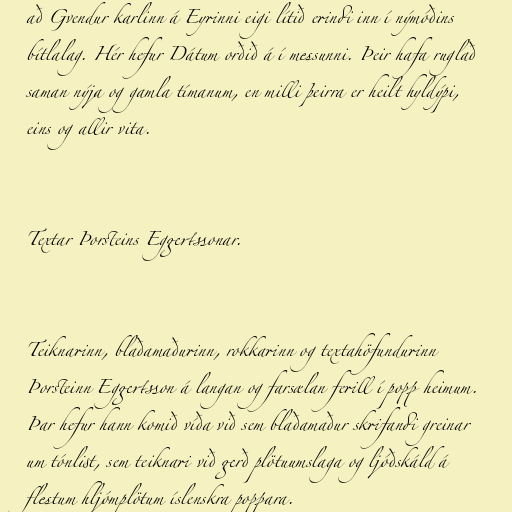
að Gvendur karlinn á Eyrinni eigi lítið erindi inn í nýmóðins
bítlalag. Hér hefur Dátum orðið á í messunni. Þeir hafa ruglað
saman nýja og gamla tímanum, en milli þeirra er heilt hyldýpi,
eins og allir vita.

Textar Þorsteins Eggertssonar.

Teiknarinn, blaðamaðurinn, rokkarinn og textahöfundurinn
Þorsteinn Eggertsson á langan og farsælan ferill í popp heimum.
Þar hefur hann komið víða við sem blaðamaður skrifandi greinar
um tónlist, sem teiknari við gerð plötuumslaga og ljóðskáld á
flestum hljómplötum íslenskra poppara.